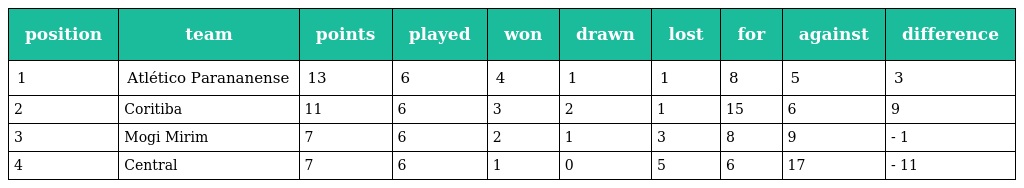
| position | team | points | played | won | drawn | lost | for | against | difference |
 | --- | --- | --- | --- | --- | --- | --- | --- | --- | --- |
 | 1 | Atlético Parananense | 13 | 6 | 4 | 1 | 1 | 8 | 5 | 3 |
 | 2 | Coritiba | 11 | 6 | 3 | 2 | 1 | 15 | 6 | 9 |
 | 3 | Mogi Mirim | 7 | 6 | 2 | 1 | 3 | 8 | 9 | - 1 |
 | 4 | Central | 7 | 6 | 1 | 0 | 5 | 6 | 17 | - 11 |